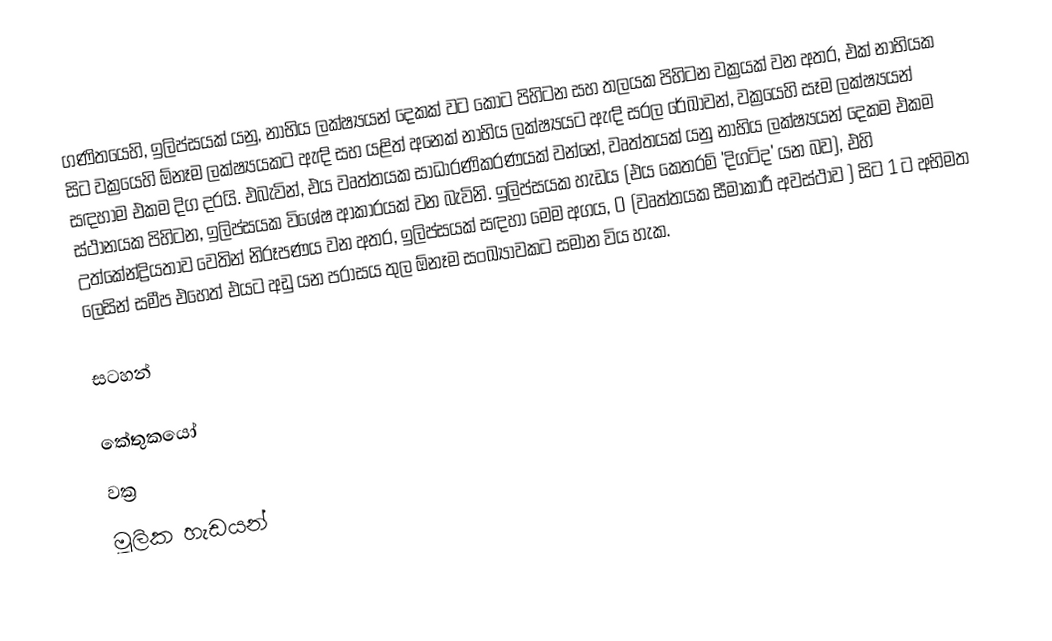
ගණිතයෙහි, ඉලිප්සයක් යනු,  නාභිය ලක්ෂ්‍යයන් දෙකක් වට කොට පිහිටන සහ තලයක පිහිටන වක්‍රයක් වන අතර, එක් නාභියක සිට වක්‍රයෙහි ඕනෑම ලක්ෂ්‍යයකට ඇඳි සහ යළිත් අනෙක් නාභිය ලක්ෂ්‍යයට ඇඳි සරල රේඛාවන්, වක්‍රයෙහි සෑම ලක්ෂ්‍යයන් සඳහාම එකම දිග දරයි. එබැවින්, එය වෘත්තයක  සාධාරණිකරණයක් වන්නේ, වෘත්තයක් යනු නාභිය ලක්ෂ්‍යයන් දෙකම එකම ස්ථානයක පිහිටන, ඉලිප්සයක විශේෂ ආකාරයක් වන බැවිනි. ඉලිප්සයක හැඩය (එය කෙතරම් 'දිගටිද' යන බව), එහි  උත්කේන්ද්‍රියතාව වෙතින් නිරූපණය වන අතර, ඉලිප්සයක් සඳහා මෙම අගය,  0 (වෘත්තයක සීමාකාරී අවස්ථාව ) සිට  1 ට අභිමත ලෙසින් සමීප එහෙත් එයට අඩු  යන පරාසය තුල ඕනෑම සංඛ්‍යාවකට සමාන විය හැක.

සටහන්

කේතුකයෝ
වක්‍ර
මූලික හැඩයන්